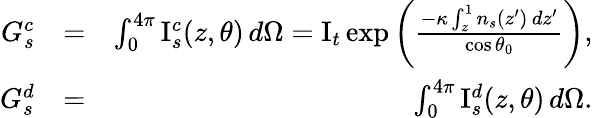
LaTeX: \begin{array}{rlr}{G_{s}^{c}}&{=}&{\int_{0}^{4\pi}\mathrm{I}_{s}^{c}(z,\theta)\, d\Omega=\mathrm{I}_{t}\exp\left(\frac{-\kappa\int_{z}^{1}n_{s}(z^{\prime})\, dz^{\prime}}{\cos{\theta_{0}}}\right),}\\ {G_{s}^{d}}&{=}&{\int_{0}^{4\pi}\mathrm{I}_{s}^{d}(z,\theta)\, d\Omega.}\end{array}